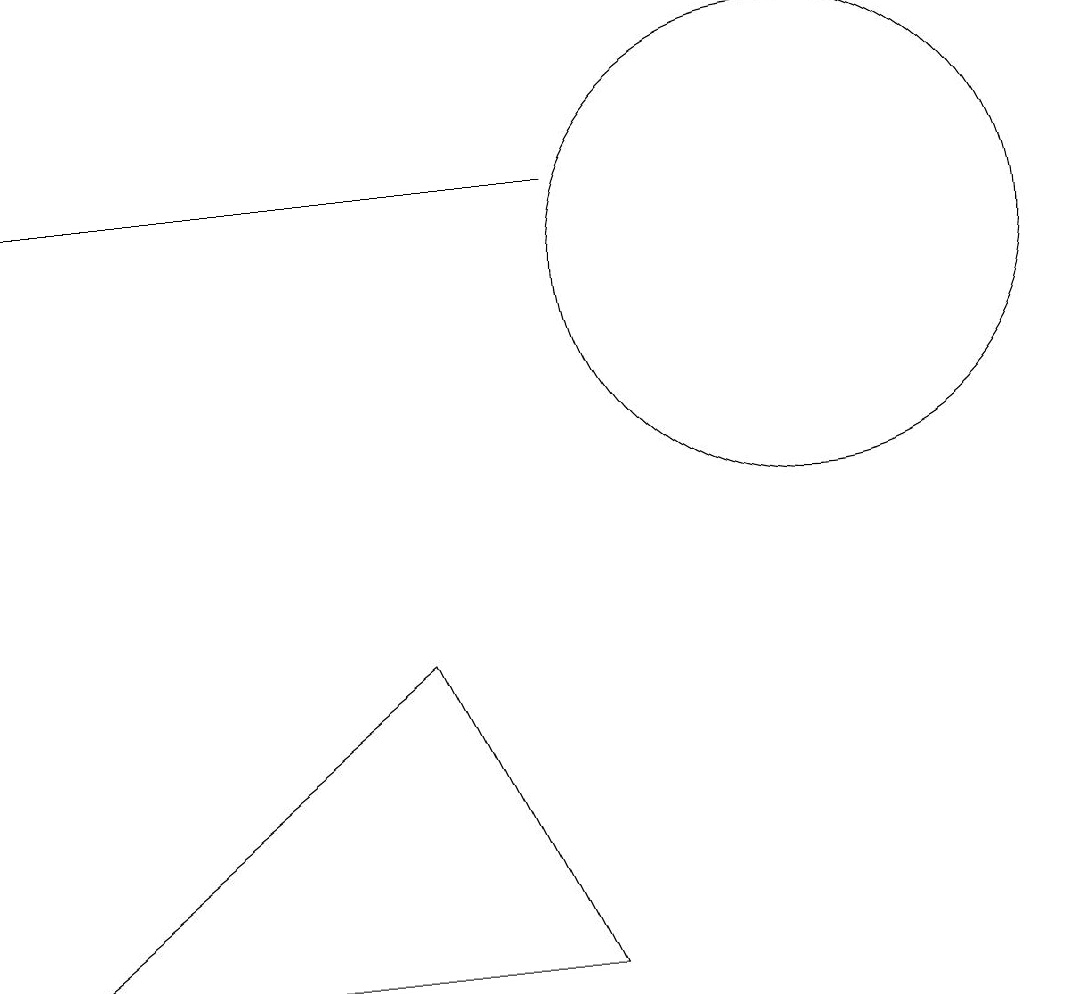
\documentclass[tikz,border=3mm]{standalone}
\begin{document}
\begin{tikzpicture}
\draw (0,2) -- (7,2) -- (5,6) -- cycle;
\draw (7,12) rectangle (0,12);
\draw (10,11) circle (3);
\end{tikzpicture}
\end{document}